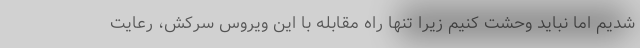
شدیم اما نباید وحشت کنیم زیرا تنها راه مقابله با این ویروس سرکش، رعایت